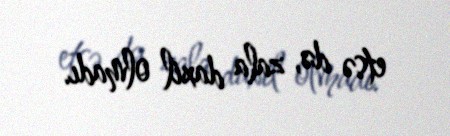
etsə də, zala daxil olmadı.